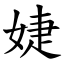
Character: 婕